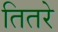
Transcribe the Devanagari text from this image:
तितरे